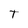
Character: T